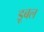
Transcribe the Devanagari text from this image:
डूबल